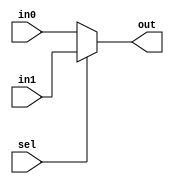
module mux2(input wire [3:0]in0,
				input wire [3:0]in1,
				input wire sel,
				output wire [3:0]out
				  );
				  
assign out = sel ? in1 : in0; // mux clasic, cel traditional

endmodule